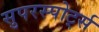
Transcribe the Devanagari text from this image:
सुपरस्पोर्ट्स